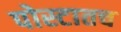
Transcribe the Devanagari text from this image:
पोस्टातच